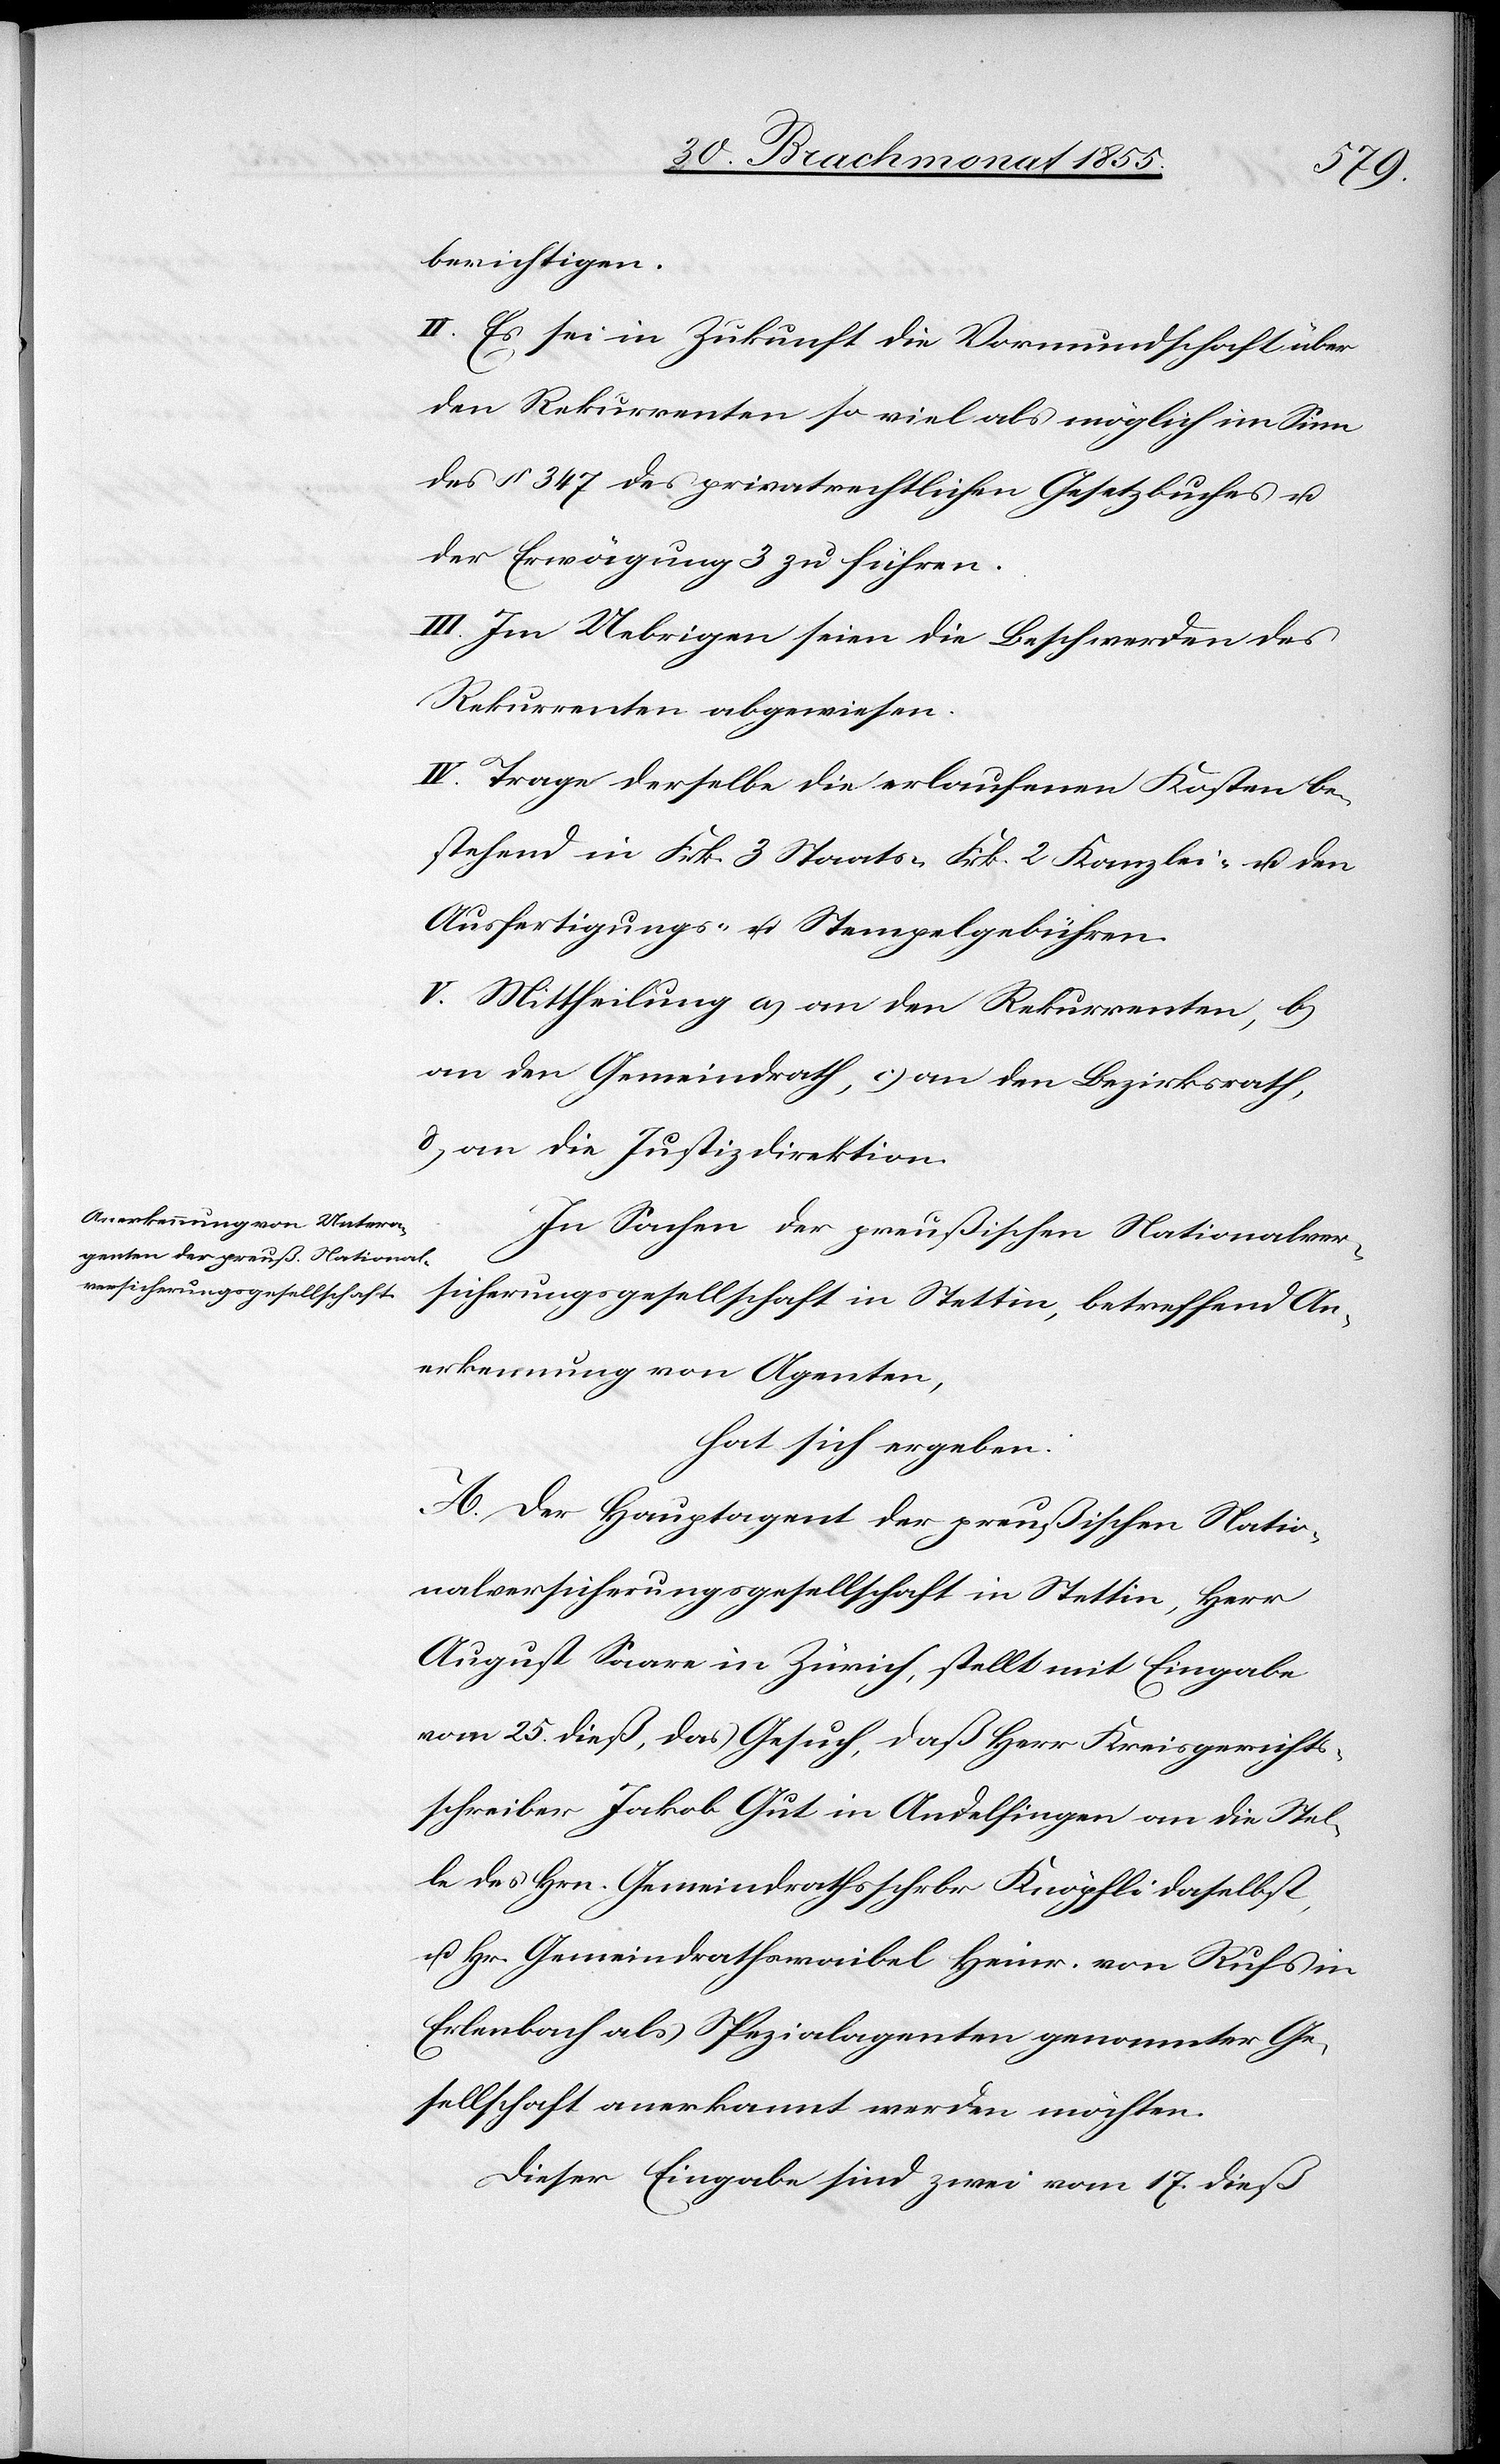
berichtigen.
II. Es sei in Zukunft die Vormundschaft über
den Rekurrenten so viel als möglich im Sinn
des § 347 des privatrechtlichen Gesetzbuches u.
der Erwägung 3 zu führen.
III. Im Uebrigen seien die Beschwerden des
Rekurrenten abgewiesen.
IV. Trage derselbe die erlaufenen Kosten be¬
stehend in Frk. 3 Staats-[,] Frk. 2 Kanzlei- u. den
Ausfertigungs- u. Stempelgebühren.
V. Mittheilung a) an den Rekurrenten, b)
an den Gemeindrath, c) an den Bezirksrath,
d) an die Justizdirektion.
In Sachen der preußischen Nationalver¬
sicherungsgesellschaft in Stettin, betreffend An¬
erkennung von Agenten,
hat sich ergeben:
A. Der Hauptagent der preußischen Natio¬
nalversicherungsgesellschaft in Stettin, Herr
August Saare in Zürich, stellt mit Eingabe
vom 25. dieß, das Gesuch, daß Herr Kreisgerichts¬
schreiber Jakob Gut in Andelfingen an die Stel¬
le des Hrn. Gemeindrathsschrbr Knöpfli daselbst,
u. Hr. Gemeindrathswaibel Heinr. von Rufs in
Erlenbach als Spezialagenten genannter Ge¬
sellschaft anerkannt werden möchten.
Dieser Eingabe sind zwei vom 17. dieß